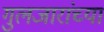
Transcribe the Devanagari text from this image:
गुलजारांच्या